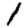
Digit: 1